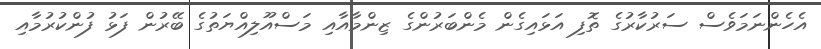
އެހެންނަމަވެސް ސަރުކާރުގެ ތޮފި އަޅައިގެން މެންބަރުންގެ ޒިންމާއާއި މަސްއޫލިއްޔަތުގެ ބޭރުން ފަޅު ފުންކުރުމާއި